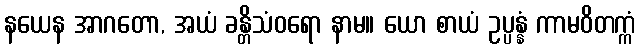
နယေန အာဂတော, အယံ ခန္တိသံဝရော နာမ။ ယော စာယံ ဥပ္ပန္နံ ကာမဝိတက္ကံ